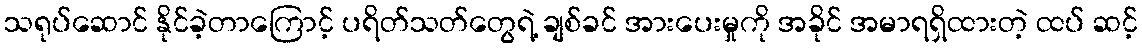
သရုပ်ဆောင် နိုင်ခဲ့တာကြောင့် ပရိတ်သတ်တွေရဲ့ ချစ်ခင် အားပေးမှုကို အခိုင် အမာရရှိထားတဲ့ ထပ် ဆင့်